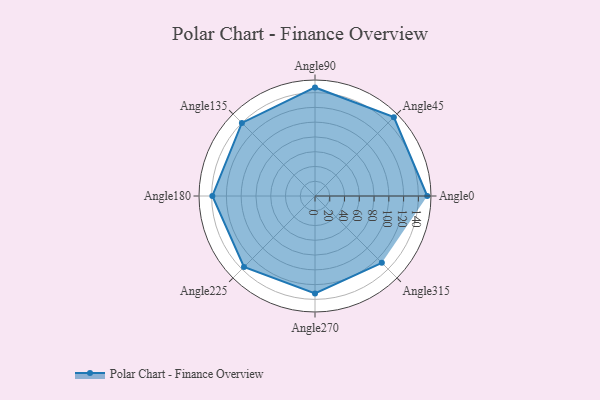
{"axis": {"x": "Angle", "y": "Radius"}, "legend": [""], "data": [{"x": "Angle0", "y": 152.0, "type": ""}, {"x": "Angle45", "y": 151.0, "type": ""}, {"x": "Angle90", "y": 147.0, "type": ""}, {"x": "Angle135", "y": 140.0, "type": ""}, {"x": "Angle180", "y": 139.0, "type": ""}, {"x": "Angle225", "y": 136.0, "type": ""}, {"x": "Angle270", "y": 132.0, "type": ""}, {"x": "Angle315", "y": 128.0, "type": ""}]}